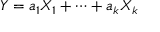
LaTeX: Y = a _ { 1 } X _ { 1 } + \cdots + a _ { k } X _ { k }